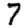
Digit: 7